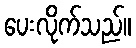
ပေးလိုက်သည်။